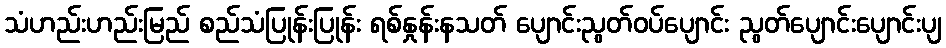
သံဟည်းဟည်းမြည် စည်သံပြုန်းပြုန်း ရစ်နှုန်းနသတ် ပျောင်းညွတ်ဝပ်ပျောင်း ညွတ်ပျောင်းပျောင်းပျ